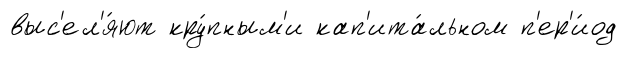
выс'ел'я́ют кру́пным'и кап'ита́льном п'ер'и́од